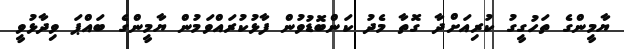
ޔާމީންގެ ތަހުގީގު ކުރިއަށްދާ ގޮތާ މެދު ކަންބޮޑުވުން ފާޅުކުރައްވަމުން ޔާމީންގެ ބައްޕަ ވިދާޅުވީ